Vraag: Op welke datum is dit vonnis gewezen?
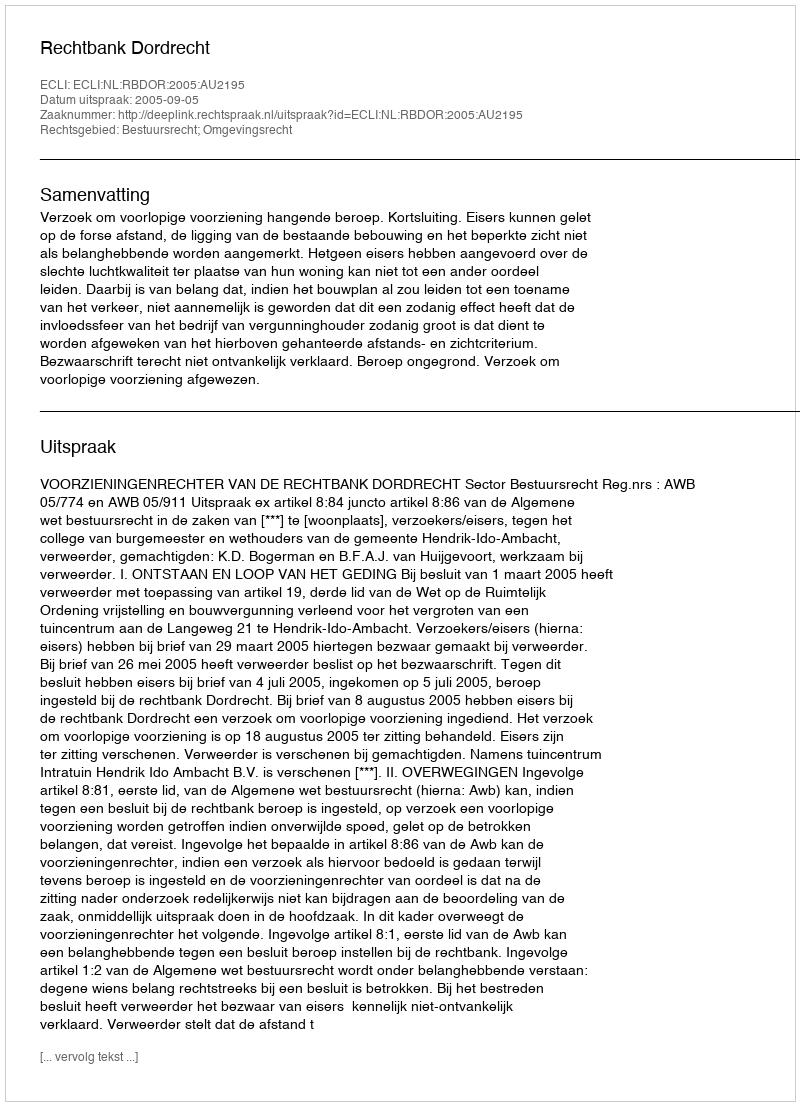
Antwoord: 2005-09-05